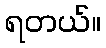
ရတယ်။